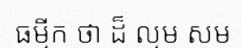
ធម្មីក ថា ដ៏ ល្មម សម